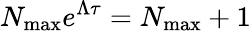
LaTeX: N_{\operatorname*{max}}e^{\Lambda\tau}=N_{\operatorname*{max}}+1